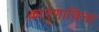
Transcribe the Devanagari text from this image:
कारणाविना